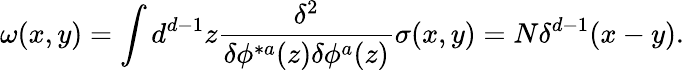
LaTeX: \omega(x,y)=\int d^{d-1}z{\frac{\delta^{2}}{\delta\phi^{*a}(z)\delta\phi^{a}(z)}}\sigma(x,y)=N\delta^{d-1}(x-y).